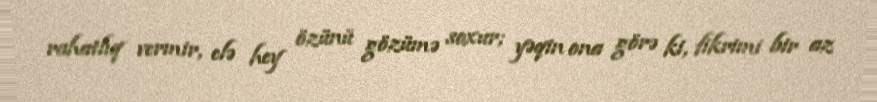
rahatlıq vermir, elə hey özünü gözümə soxur; yəqin ona görə ki, fikrimi bir az